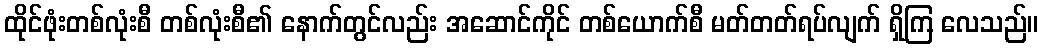
ထိုင်ဖုံးတစ်လုံးစီ တစ်လုံးစီ၏ နောက်တွင်လည်း အဆောင်ကိုင် တစ်ယောက်စီ မတ်တတ်ရပ်လျက် ရှိကြ လေသည်။